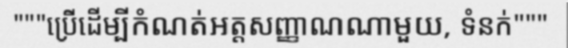
"""ប្រើដើម្បីកំណត់អត្តសញ្ញាណណាមួយ, ទំនក់"""